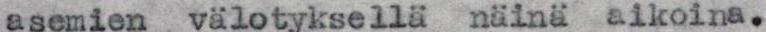
asemien välotyksellä näinä aikoina.